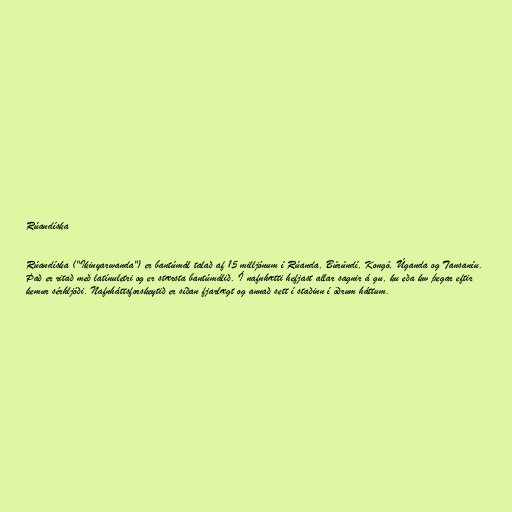
Rúandíska

Rúandíska ("Ikinyarwanda") er bantúmál talað af 15 milljónum í Rúanda, Búrúndí, Kongó, Úganda og Tansaníu.
Það er ritað með latínuletri og er stærsta bantúmálið. Í nafnhætti hefjast allar sagnir á gu, ku eða kw þegar eftir
kemur sérhljóði. Nafnháttsforskeytið er síðan fjarlægt og annað sett í staðinn í öðrum háttum.